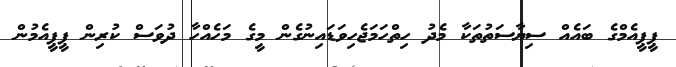
ޕީޕީއެމްގެ ބައެއް ސިޔާސަތުތަކާ މެދު ހިތްހަމަޖެހިވަޑައިނުގެން މީގެ މަހެއްހާ ދުވަސް ކުރިން ޕީޕީއެމުން